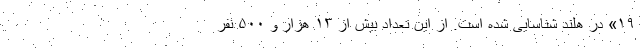
۱۹» در هلند شناسایی شده است. از این تعداد بیش از ۱۳ هزار و ۵۰۰ نفر